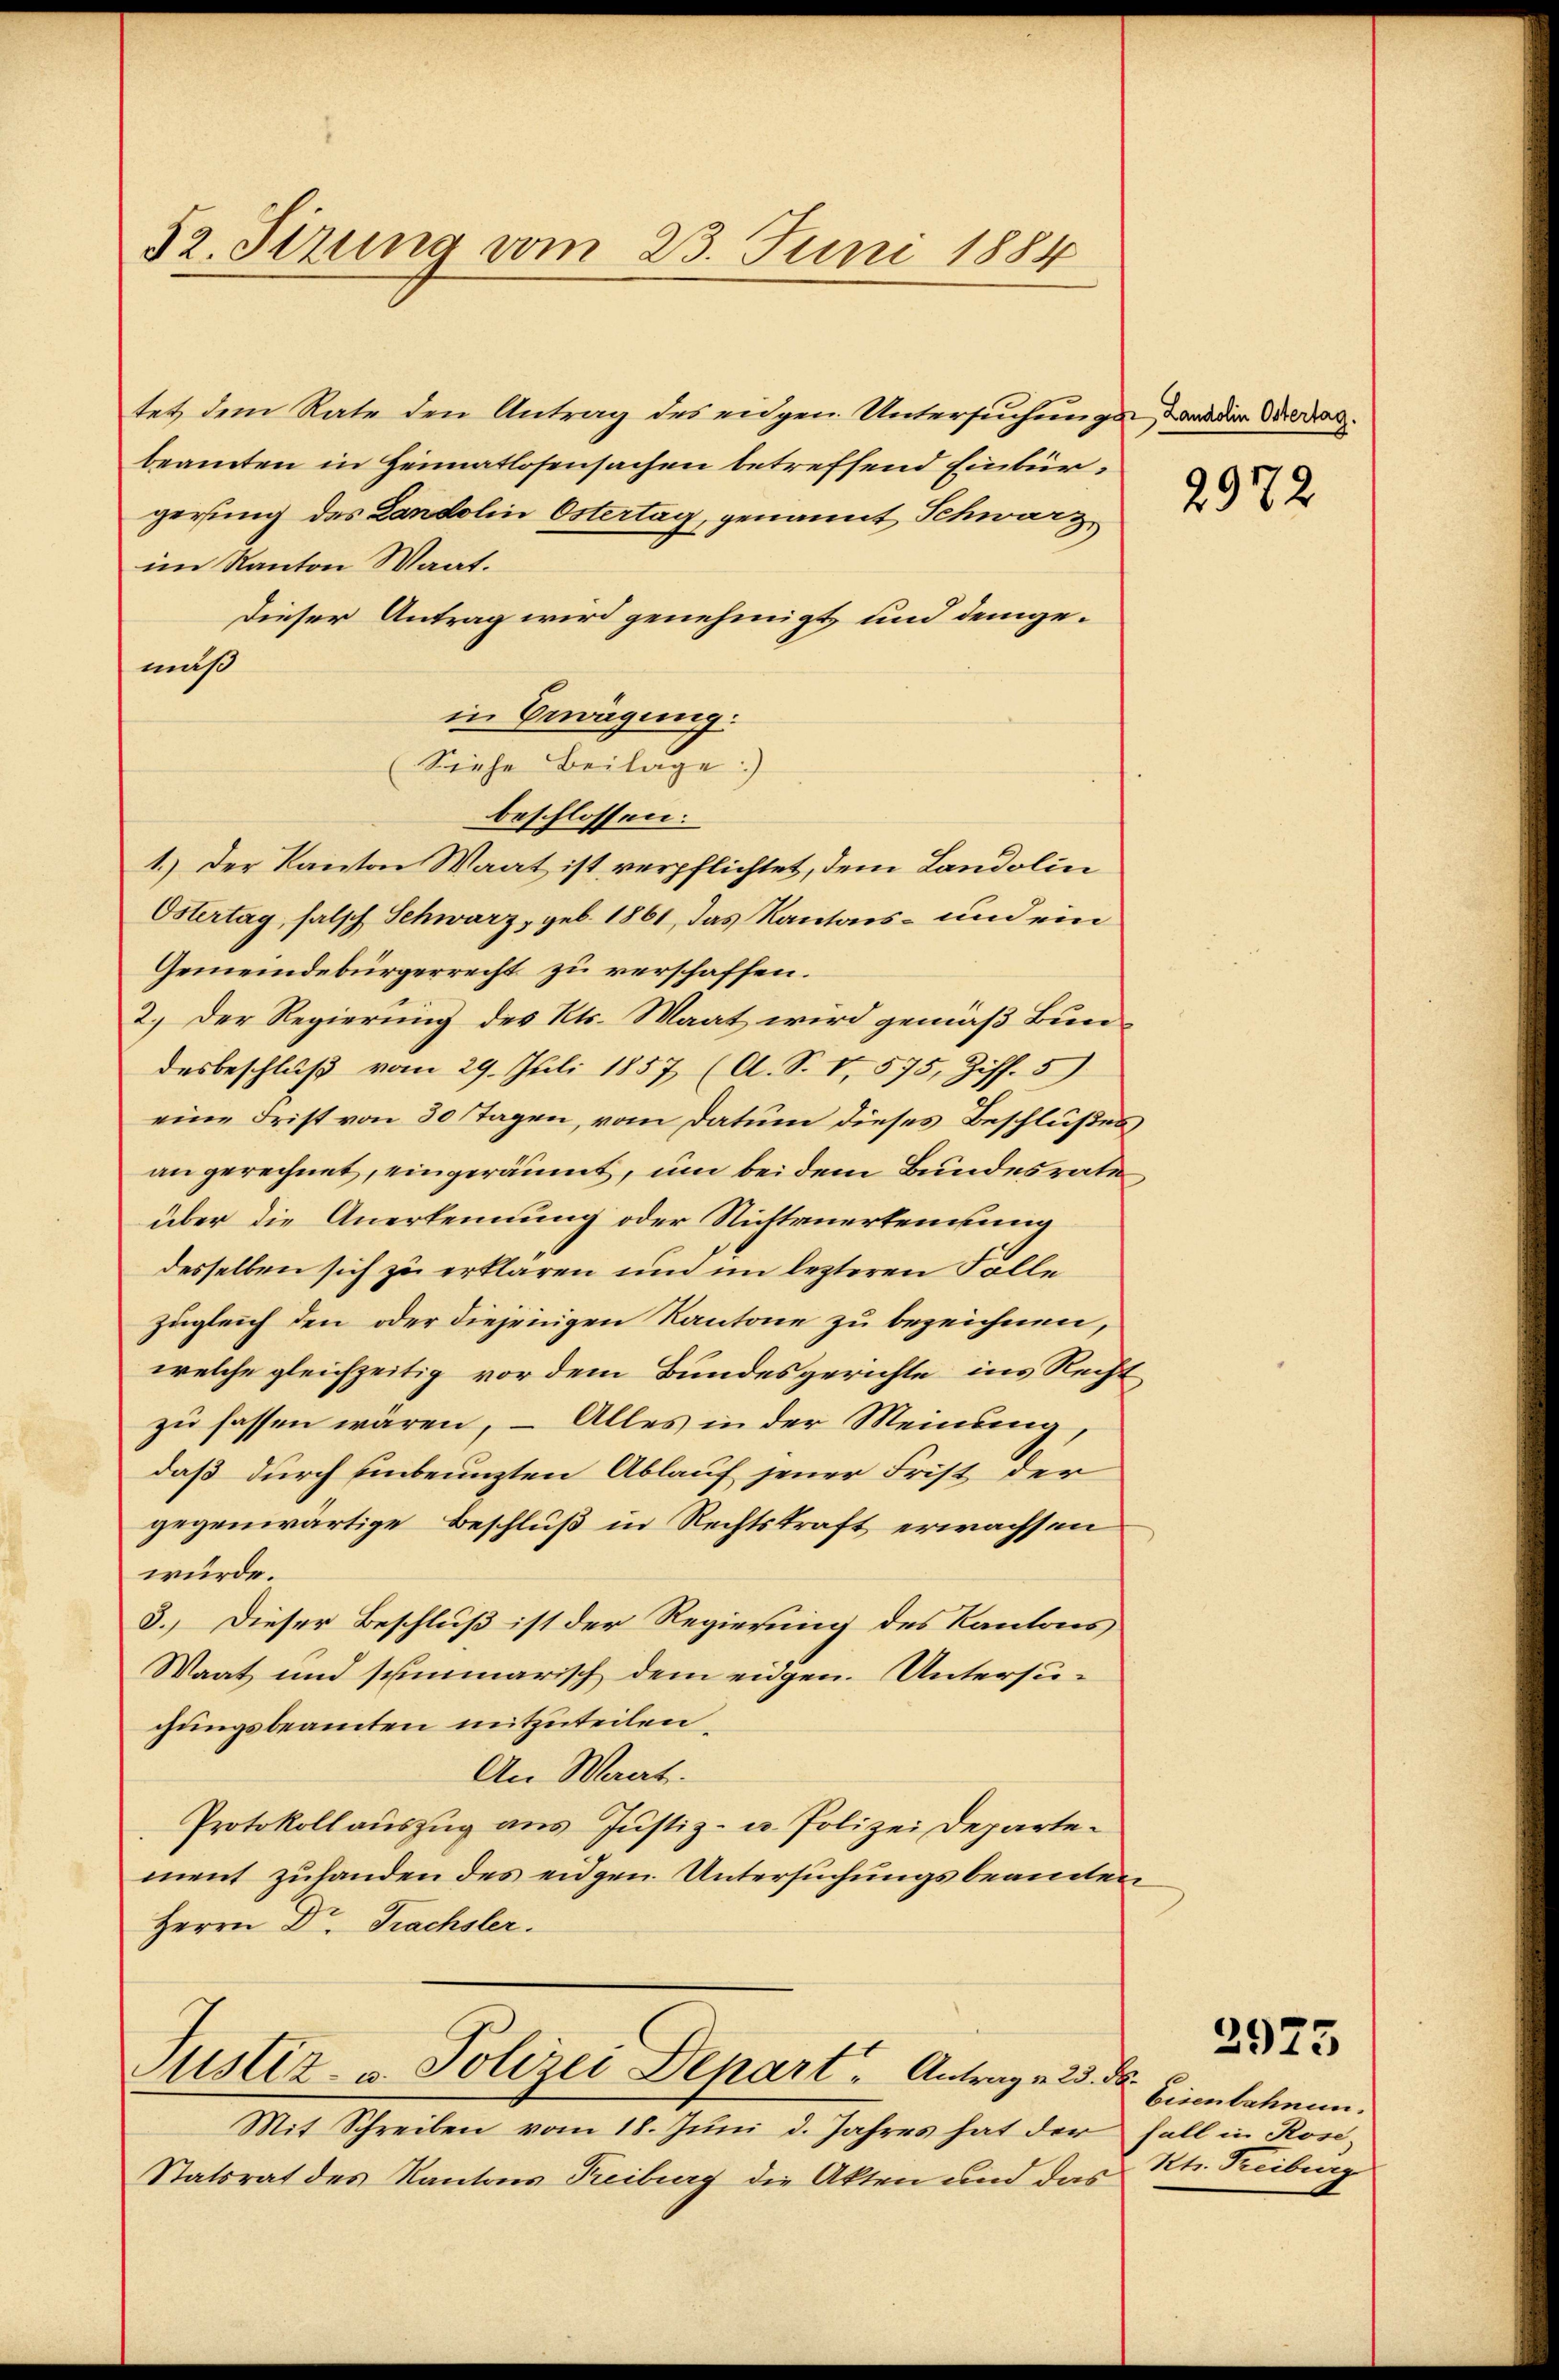
52. Setzung vom 23. Juni 1884

tet dem Rate den Antrag des eidgen Untersuchungs- oder Boden.
beamten in Heimatlosensachen betreffend Einbürgerung des Landolin Östertag, genannt Schwarz
im Kanton Waat.
Dieser Antrag wird genehmigt und demgemuß
in Bewägung:
Siehe Beilage)
beschlossen:
1.) Der Kanton Waat ist verpflichtet, dem Landolin
Östertag, falsch Schwarz, geb. 1861, das Kantons- und ein
Gemeindebürgerrecht zu verschaffen.
2.) Der Regierung des Kts. Maat wird gemäß Bun-
desbeschluß vom 29. Juli 1857 (A. S. I, 575, Ziff. 5)
eine Frist von 30 Tagen, vom Datum dieses Beschlußes
angerechnet, eingeräumt, um bei dem Bundesrate,
über die Anerkennung oder Nichtenerkennung
desselben sich zu erklären und im lezteren Folle
zugleich den oder diejenigen Kantone zu bezeichnen,
welche gleichzeitig vor dem Bundesgerichte ins Recht
zu fassen wären, – Alles in der Meinung,
daß durch unbeunzten Ablauf jener Frist der
gegenwärtige Beschluß in Rechtskraft erwachsen
würde.
3.) Dieser Beschluß ist der Regierung des Kantons
Waat und summarisch dem eidgen. Untersuchungsbeamten mitzuteilen,
An Waat.
Protokollauszug aus Justiz- u. Polizei Departement zuhanden des eidgen. Untersuchungsbeamten
Herrn Dr. Frachsler.

Sistiz- u. Polizei Depart. Antrag v. 23.

Mit Schreiben vom 18. Juni d. Jahres hat der
Statsrat des Kantons Treiburg die Akten und das

2972

t
Eisenbahnunfall in Rose-
Kts. Freiburg

2925